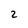
Character: 2